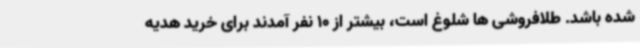
شده باشد. طلافروشی ها شلوغ است، بیشتر از 10 نفر آمدند برای خرید هدیه